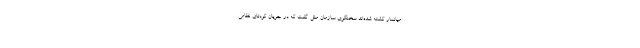
میانمار کشته شده‌اند سخنگوی سازمان ملل گفت که در جریان کودتای نظامی